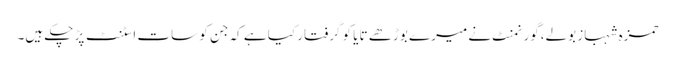
حمزہ شہباز بولے،گورنمنٹ نے میرے بوڑھے تایا کو گرفتار کیا ہے کہ جن کو سات اسٹنٹ پڑ چکے ہیں۔